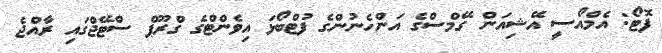
ފޮޓޯ: އެމްއޯސީ އޭޝިއަން ގޭމްސްގެ އަންހެނުންގެ ފުޓްބޯޅަ އިވެންޓްގެ ގްރޫޕް ސްޓޭޖްގައި ރާއްޖެ